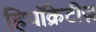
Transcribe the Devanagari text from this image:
हिपॉक्रेटीज़